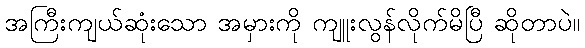
အကြီးကျယ်ဆုံးသော အမှားကို ကျူးလွန်လိုက်မိပြီ ဆိုတာပဲ။